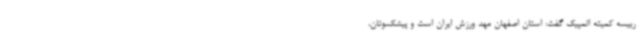
رییسه کمیته المپیک گفت: استان اصفهان مهد ورزش ایران است و پیشکسوتان،